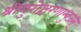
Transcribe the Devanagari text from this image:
श्रीगुरोश्चरणाम्बुजम्